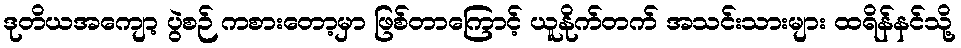
ဒုတိယအကျော့ ပွဲစဉ် ကစားတော့မှာ ဖြစ်တာကြောင့် ယူနိုက်တက် အသင်းသားများ ထရိန်နင်သို့